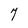
Character: 7